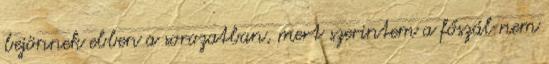
bejönnek ebben a sorozatban, mert szerintem a főszál nem